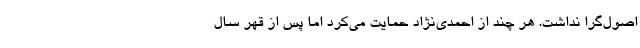
اصول‌گرا نداشت. هر چند از احمدی‌نژاد حمایت می‌کرد اما پس از قهر سال